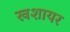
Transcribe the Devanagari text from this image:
खशायर